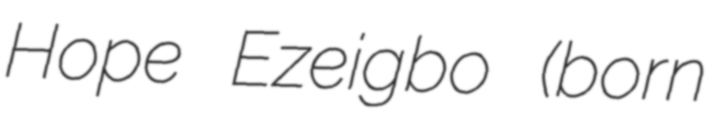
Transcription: Hope Ezeigbo (born